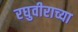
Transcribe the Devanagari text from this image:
रघुवीराच्या